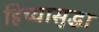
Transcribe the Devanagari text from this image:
हिच्यासुद्धा